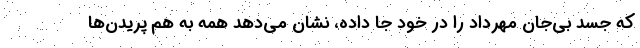
که جسد بی‌جان مهرداد را در خود جا داده، نشان می‌دهد همه به هم پریدن‌ها